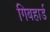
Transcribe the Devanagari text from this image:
गिबहार्ड